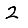
Digit: 2